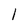
Character: l